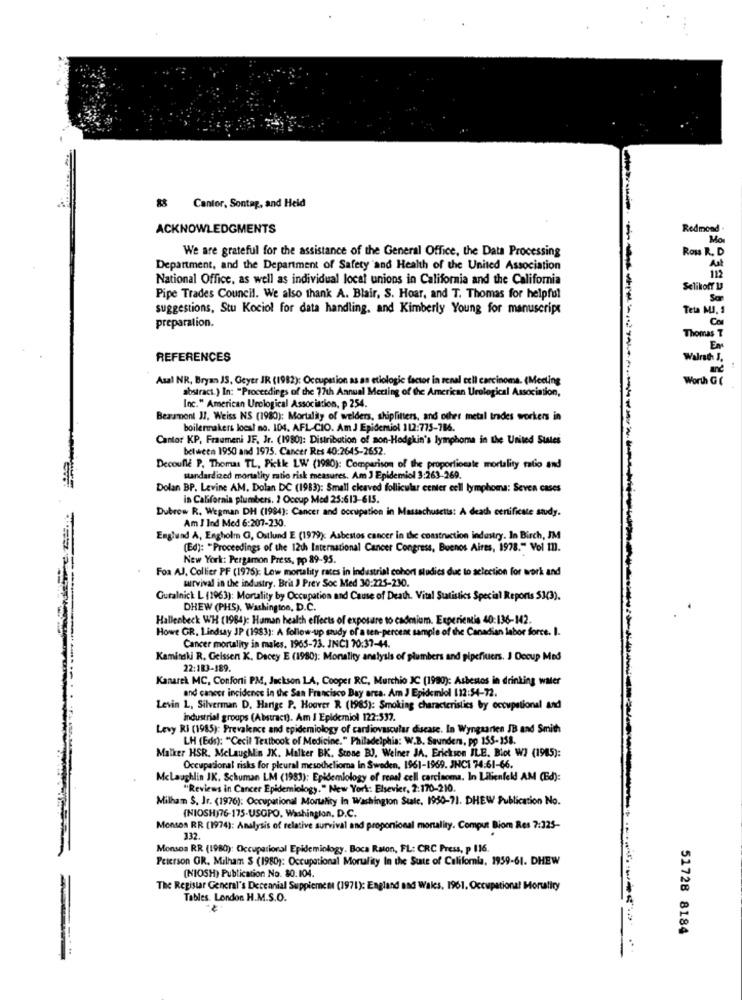
88 Cantor, Sontag, and Heid
ACKNOWLEDGMENTS
Redmond
Mo
We are grateful for the assistance of the General Office, the Data Processing
Row R. D
Department, and the Department of Safety and Health of the United Association
As
National Office, as well as individual local unions in California and the California
Selikoff U
Pipe Trades Council. We also thank A. Blair, S. Hoar, and T. Thomas for helpful
Sor
suggestions, Stu Kociol for data handling, and Kimberly Young for manuscript
Teta MJ. 1
preparation.
Thomas T
EN
REFERENCES
Walrad J.
Asal NR, Bryan JS, Geyer JR (1982): Occupation as an etiologic factor in renal cell carcinoma. (Meeting
Worth G (
abstract.) In: "Proceedings of the 77th Annual Meeting of the American Urological Association,
Inc." American Urological Association, p 254.
Beaumont JJ, Weiss NS (1980): Mortality of welders, shipfitters, and other metal trades workers in
boilermakers loest no. 104. AFL-CIO. Am J Epidemiol 112:775-786.
Cantor KP, Fraumeni JF, Jr. (1980): Distribution of non-Hodgkin's lymphoma in the United States
between 1950 and 1975. Cancer Res 40:2645-2652.
Decoulle P. Thomas TL, Pickle LW (1980): Comparison of the proportionate mortality radio and
standardized mortality ratio risk measures. Am J Epidemiol 3:263-269.
Dolan BP. Levine AM. Dolan DC (1983): Small cleaved follicular center cell lymphoma: Seven cases
in California plumbers. 2 Occup Med 25:613-615.
Dubrow R. Wegman DH (1984): Cancer and occupation in Massachusetts: A death cenificate study.
Am J Ind Med 6:207-230.
Englund A, Engholm G, Ostlund E (1979): Asbestos cancer in the construction industry. In Birch, JM
(Ed): "Proceedings of the 12th International Cancer Congress, Buenos Aires, 1978." Vol In).
New York: Pergamon Press, pp 89-95.
Foa AJ, Collier PF (1975): Lew mortality rates in industrial cohort studies due to selection for work and
survival in the industry. Brit ) Prev Soc Med 30:225-230.
Guralnick L (1963): Mortality by Occupation and Cause of Death. Vital Statistics Special Reports 53(3).
DHEW (PHS), Washington, D.C.
Hallenbeck WH (1984): Human health effects of exposure to cadmium. Experientia 40:136-142.
Howe GR. Lindsay JP (1983): A follow-up study of a ten-percent sample of the Canadian labor force. I.
Cancer mortality in males. 1965-73. JNCI 70:37-44.
Kaminski R. Geissen K. Dacey E (1980): Monality analysis of plumbers and pipefiuers. J Occup Med
22:183-189.
Kanarek MC, Conforti PM, Jackson LA, Cooper RC, Murchio IC (1990): Asbestos in drinking water
and cancer incidence in the San Francisco Bay area. Am J Epidemiol 112:54-72.
Levin L, Silverman D. Harige P. Houver R (1985): Smoking characteristics by occupational and
Industrial groups (Abstract). Am I Epidemiol 122:532.
Levy Ri (1985): Prevalence and epidemiology of cardiovascular disease. In Wyngarten JB and Smith
LH (Eds): "Cecil Textbook of Medicine." Philadelphia: W.B. Saunders, pp 155-158.
Malker HSR. MeLaugh'n JK. Malker BK. Stone BJ, Weiner JA, Erickson ILE. Blot WI (1945):
Occupational risks for pleural mesothelioma in Sweden, 1961-1969. JHCI 74:61-66.
Mclaughlin JK. Schuman LM (1983): Epidemiology of renal cell carcinoma. In Lilienfeld AM (Bd):
"Reviews in Cancer Epidemiology." New York: Elsevier, 2:170-210.
Milham $. Jr. (1976): Occupational Mortality In Washington State. 1950-71. DHEW Publication No.
(NIOSH)76-175-USOPO, Washington, D.C.
Monsen RR (1974): Analysis of relative survival and proportional mortality. Comput Biom Res 7:325-
332.
Monsos RR (1980): Occupational Epidemiology. Boca Raton, FL: CRC Press, p 116.
Peterson GR. Milham S (1980): Occupational Mortality In the State of California, 1959-61. DHEW
(NIOSH) Publication No. 30:104.
The Registar General's Decennial Supplement (1971): England and Wales. 1961, Occupational Mortality
Tables. London H.M.S.O.
51728 8184